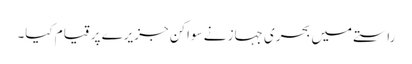
راستے میں بحری جہاز نے سواکن جزیرے پر قیام کیا۔